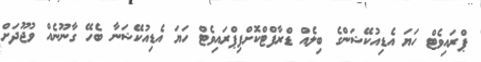
ޕްރައިވެޓް ހަޔަ އެޑިއުކޭޝަންގެ ބިލެއް ޑްރާފްޓްކޮށްފިޕްރައިވެޓް ހަޔަ އެޑިއުކޭޝަނާ ބެހޭ ގާނޫނެއް ވުޖޫދަށް